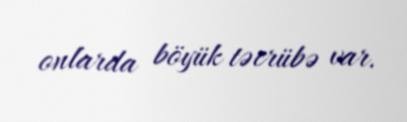
onlarda böyük təcrübə var.